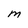
Character: M